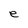
Character: e